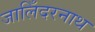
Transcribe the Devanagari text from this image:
जालिँदरनाथ